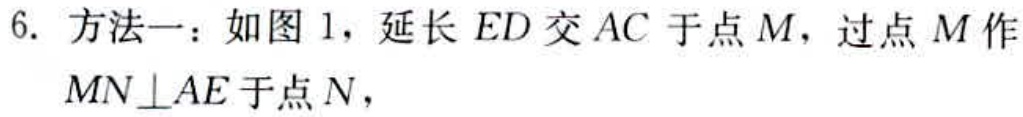
6. 方法一：如图 1，延长 \(ED\) 交 \(AC\) 于点 \(M\)，过点 \(M\) 作 \(MN\perp AE\) 于点 \(N\)，